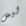
ليس